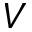
V